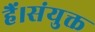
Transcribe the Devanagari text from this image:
हैं।संयुक्त